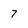
Character: 7